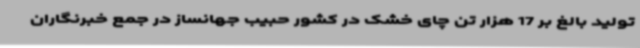
تولید بالغ بر 17 هزار تن چای خشک در کشور حبیب جهانساز در جمع خبرنگاران